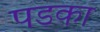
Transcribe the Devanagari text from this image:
पडका